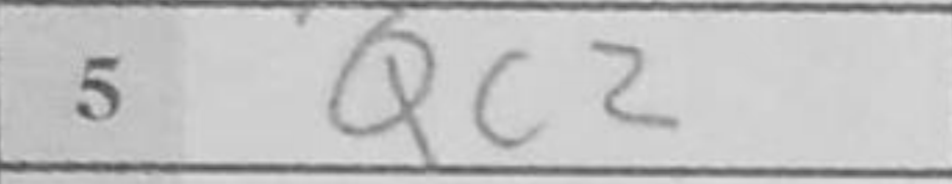
Transcription: Qc2